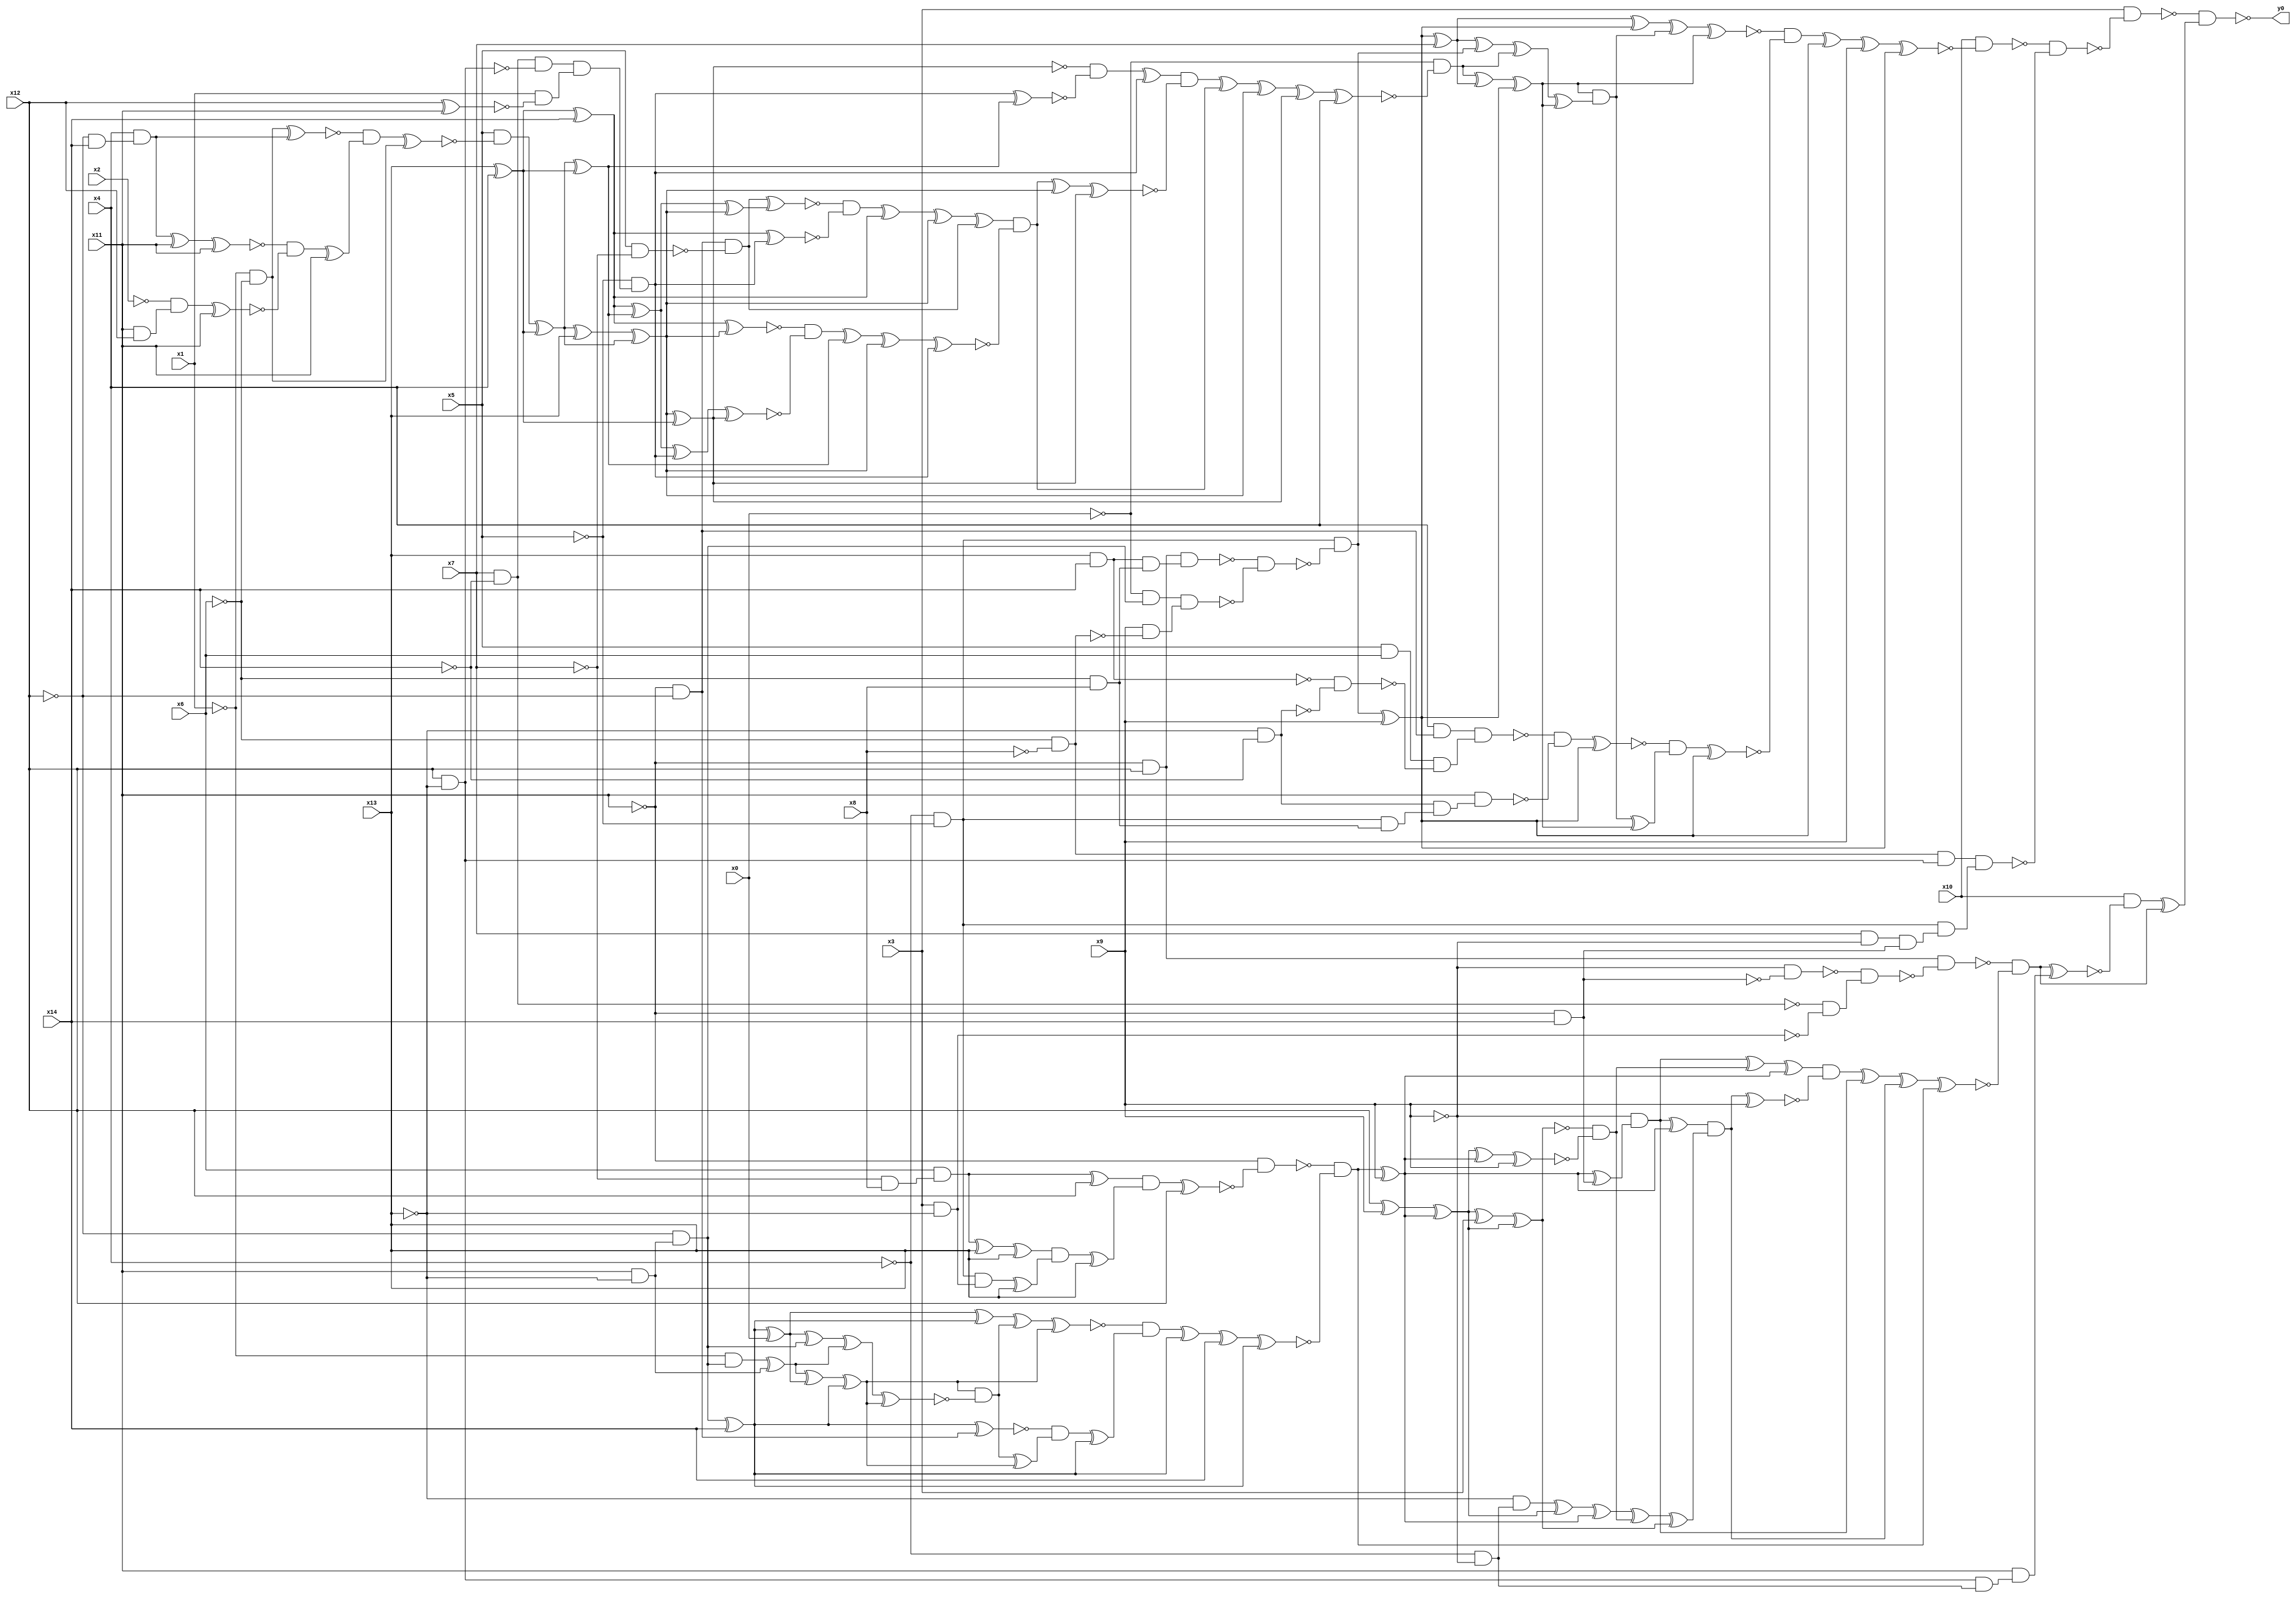
module top( x0 , x1 , x2 , x3 , x4 , x5 , x6 , x7 , x8 , x9 , x10 , x11 , x12 , x13 , x14 , y0 );
  input x0 , x1 , x2 , x3 , x4 , x5 , x6 , x7 , x8 , x9 , x10 , x11 , x12 , x13 , x14 ;
  output y0 ;
  wire n16 , n17 , n18 , n19 , n20 , n21 , n22 , n23 , n24 , n25 , n26 , n27 , n28 , n29 , n30 , n31 , n32 , n33 , n34 , n35 , n36 , n37 , n38 , n39 , n40 , n41 , n42 , n43 , n44 , n45 , n46 , n47 , n48 , n49 , n50 , n51 , n52 , n53 , n54 , n55 , n56 , n57 , n58 , n59 , n60 , n61 , n62 , n63 , n64 , n65 , n66 , n67 , n68 , n69 , n70 , n71 , n72 , n73 , n74 , n75 , n76 , n77 , n78 , n79 , n80 , n81 , n82 , n83 , n84 , n85 , n86 , n87 , n88 , n89 , n90 , n91 , n92 , n93 , n94 , n95 , n96 , n97 , n98 , n99 , n100 , n101 , n102 , n103 , n104 , n105 , n106 , n107 , n108 , n109 , n110 , n111 , n112 , n113 , n114 , n115 , n116 , n117 , n118 , n119 , n120 , n121 , n122 , n123 , n124 , n125 , n126 , n127 , n128 , n129 , n130 , n131 , n132 , n133 , n134 , n135 , n136 , n137 , n138 , n139 , n140 , n141 , n142 , n143 , n144 , n145 , n146 , n147 , n148 , n149 , n150 , n151 , n152 , n153 , n154 , n155 , n156 , n157 , n158 , n159 , n160 , n161 , n162 , n163 , n164 , n165 , n166 , n167 , n168 , n169 , n170 , n171 , n172 , n173 , n174 , n175 , n176 , n177 , n178 , n179 , n180 , n181 , n182 , n183 , n184 , n185 , n186 , n187 , n188 , n189 , n190 , n191 , n192 , n193 , n194 , n195 , n196 ;
  assign n16 = ~x4 & ~x5 ;
  assign n17 = ~x11 & x12 ;
  assign n18 = x13 & x14 ;
  assign n19 = ~x6 & x8 ;
  assign n20 = n18 & n19 ;
  assign n21 = n17 & n20 ;
  assign n22 = x11 & ~x13 ;
  assign n23 = ~x12 & n22 ;
  assign n24 = ~x0 & n23 ;
  assign n25 = ~x6 & ~x8 ;
  assign n26 = x9 & ~n25 ;
  assign n27 = n24 & n26 ;
  assign n28 = ~n21 & ~n27 ;
  assign n29 = n16 & ~n28 ;
  assign n30 = n29 ^ x9 ;
  assign n31 = n30 ^ x7 ;
  assign n96 = n31 ^ n30 ;
  assign n35 = ~x1 & ~x6 ;
  assign n33 = ~x12 & x14 ;
  assign n34 = x4 & n33 ;
  assign n36 = n35 ^ n34 ;
  assign n37 = n34 ^ x11 ;
  assign n38 = n37 ^ x11 ;
  assign n39 = x11 & x12 ;
  assign n40 = ~x2 & n39 ;
  assign n41 = n40 ^ x11 ;
  assign n42 = ~n38 & ~n41 ;
  assign n43 = n42 ^ x11 ;
  assign n44 = ~n36 & n43 ;
  assign n45 = n44 ^ n35 ;
  assign n46 = x5 & ~n45 ;
  assign n32 = x13 ^ x4 ;
  assign n47 = n46 ^ n32 ;
  assign n48 = n47 ^ x13 ;
  assign n49 = n48 ^ n47 ;
  assign n50 = n49 ^ n32 ;
  assign n52 = x7 & ~x14 ;
  assign n53 = x12 & ~x13 ;
  assign n54 = n52 & ~n53 ;
  assign n55 = x12 ^ x11 ;
  assign n56 = x1 & ~n55 ;
  assign n57 = n54 & n56 ;
  assign n58 = ~x5 & n57 ;
  assign n51 = n47 ^ n32 ;
  assign n59 = n58 ^ n51 ;
  assign n60 = ~n50 & ~n59 ;
  assign n61 = n60 ^ n58 ;
  assign n65 = ~x11 & ~x12 ;
  assign n66 = x5 & ~x7 ;
  assign n67 = n65 & ~n66 ;
  assign n62 = n32 ^ x14 ;
  assign n63 = n62 ^ n51 ;
  assign n64 = n63 ^ n49 ;
  assign n68 = n67 ^ n64 ;
  assign n69 = n62 ^ n58 ;
  assign n70 = ~n68 & ~n69 ;
  assign n71 = n70 ^ n62 ;
  assign n72 = n71 ^ n49 ;
  assign n73 = n72 ^ n67 ;
  assign n74 = n62 ^ n49 ;
  assign n75 = n63 ^ n58 ;
  assign n76 = n75 ^ n50 ;
  assign n77 = ~n74 & ~n76 ;
  assign n78 = n77 ^ n51 ;
  assign n79 = n78 ^ n49 ;
  assign n80 = n79 ^ n58 ;
  assign n81 = n73 & ~n80 ;
  assign n82 = n81 ^ n49 ;
  assign n83 = n82 ^ n50 ;
  assign n84 = n61 & ~n83 ;
  assign n85 = n84 ^ n81 ;
  assign n86 = n85 ^ n49 ;
  assign n87 = n86 ^ n50 ;
  assign n88 = n87 ^ x4 ;
  assign n89 = ~x0 & ~n88 ;
  assign n90 = n89 ^ n31 ;
  assign n91 = n90 ^ n30 ;
  assign n92 = n31 ^ n29 ;
  assign n93 = n92 ^ n89 ;
  assign n94 = n93 ^ n91 ;
  assign n95 = n91 & n94 ;
  assign n97 = n96 ^ n95 ;
  assign n98 = n97 ^ n91 ;
  assign n99 = x4 & n65 ;
  assign n100 = x5 & x6 ;
  assign n101 = ~x13 & ~x14 ;
  assign n102 = ~n18 & ~n101 ;
  assign n103 = n100 & ~n102 ;
  assign n104 = n99 & n103 ;
  assign n105 = n16 & n19 ;
  assign n106 = n101 & n105 ;
  assign n107 = x11 & n106 ;
  assign n108 = ~n104 & ~n107 ;
  assign n109 = n108 ^ n30 ;
  assign n110 = n95 ^ n91 ;
  assign n111 = ~n109 & n110 ;
  assign n112 = n111 ^ n30 ;
  assign n113 = ~n98 & ~n112 ;
  assign n114 = n113 ^ n30 ;
  assign n115 = n114 ^ x9 ;
  assign n116 = n115 ^ n30 ;
  assign n117 = x10 & ~n116 ;
  assign n118 = n25 & n53 ;
  assign n119 = x7 & ~x9 ;
  assign n120 = ~x11 & x14 ;
  assign n121 = n119 & n120 ;
  assign n122 = n16 & n121 ;
  assign n123 = n118 & n122 ;
  assign n124 = ~n117 & ~n123 ;
  assign n125 = x3 & ~n124 ;
  assign n129 = ~x9 & ~n120 ;
  assign n130 = x3 & ~x13 ;
  assign n131 = ~n52 & ~n130 ;
  assign n132 = ~n129 & n131 ;
  assign n133 = n17 & ~n132 ;
  assign n134 = ~x7 & x8 ;
  assign n135 = x6 & n134 ;
  assign n136 = n135 ^ x12 ;
  assign n137 = n135 ^ x13 ;
  assign n138 = n137 ^ x13 ;
  assign n139 = n16 & n130 ;
  assign n140 = n139 ^ x13 ;
  assign n141 = n138 & n140 ;
  assign n142 = n141 ^ x13 ;
  assign n143 = n136 & n142 ;
  assign n144 = n143 ^ x12 ;
  assign n145 = ~x11 & ~n144 ;
  assign n146 = n23 ^ x14 ;
  assign n147 = n146 ^ x0 ;
  assign n156 = n147 ^ n146 ;
  assign n148 = ~x1 & n23 ;
  assign n149 = n148 ^ n22 ;
  assign n150 = n149 ^ n147 ;
  assign n151 = n150 ^ n146 ;
  assign n152 = n147 ^ n23 ;
  assign n153 = n152 ^ n149 ;
  assign n154 = n153 ^ n151 ;
  assign n155 = n151 & ~n154 ;
  assign n157 = n156 ^ n155 ;
  assign n158 = n157 ^ n151 ;
  assign n159 = n146 ^ n65 ;
  assign n160 = n155 ^ n151 ;
  assign n161 = ~n159 & n160 ;
  assign n162 = n161 ^ n146 ;
  assign n163 = ~n158 & n162 ;
  assign n164 = n163 ^ n146 ;
  assign n165 = n164 ^ x14 ;
  assign n166 = n165 ^ n146 ;
  assign n167 = ~n145 & ~n166 ;
  assign n168 = n167 ^ x9 ;
  assign n176 = n168 ^ n120 ;
  assign n177 = ~x9 & n176 ;
  assign n169 = x12 ^ x9 ;
  assign n170 = n169 ^ n168 ;
  assign n171 = n170 ^ x3 ;
  assign n172 = n171 ^ n170 ;
  assign n173 = n170 ^ n168 ;
  assign n174 = n173 ^ x9 ;
  assign n175 = ~n172 & ~n174 ;
  assign n178 = n177 ^ n175 ;
  assign n179 = n178 ^ n168 ;
  assign n180 = n177 ^ n168 ;
  assign n126 = ~x4 & ~x9 ;
  assign n181 = ~x13 & n126 ;
  assign n182 = n181 ^ n170 ;
  assign n183 = n182 ^ n168 ;
  assign n184 = n183 ^ n175 ;
  assign n185 = n184 ^ n172 ;
  assign n186 = n180 & n185 ;
  assign n187 = n186 ^ x9 ;
  assign n188 = n179 & ~n187 ;
  assign n189 = n188 ^ n177 ;
  assign n190 = n189 ^ n186 ;
  assign n191 = n190 ^ n167 ;
  assign n192 = ~n133 & ~n191 ;
  assign n127 = n53 & n126 ;
  assign n128 = x11 & n127 ;
  assign n193 = n192 ^ n128 ;
  assign n194 = x10 & ~n193 ;
  assign n195 = n194 ^ n192 ;
  assign n196 = ~n125 & n195 ;
  assign y0 = ~n196 ;
endmodule